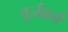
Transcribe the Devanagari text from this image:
वुर्जबर्ग